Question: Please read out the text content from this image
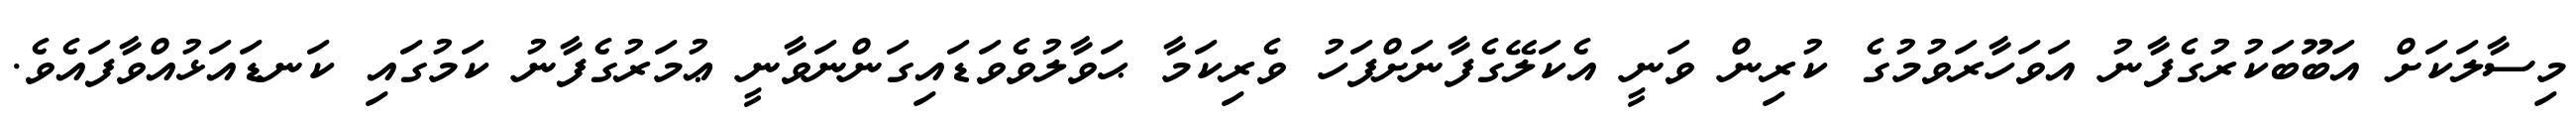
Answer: މިސާލަކަށް އަބޫބަކުރުގެފާނު އަވަހާރަވުމުގެ ކުރިން ވަނީ އެކަލޭގެފާނަށްފަހު ވެރިކަމާ ޙަވާލުވެވަޑައިގަންނަވާނީ ޢުމަރުގެފާނު ކަމުގައި ކަނޑައަޅުއްވާފައެވެ.